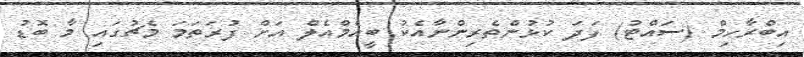
އިބްރާހިމް (ސައްޓު) ފަދަ ކުޅުންތެރިންނާއެކު ބީއެމްއެލް އަށް ފުރަތަމަ މެޗުގައި މާ ބޮޑު